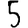
Digit: 5